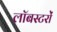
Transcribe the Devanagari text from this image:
लॉबस्टरों